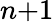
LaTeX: n{+1}